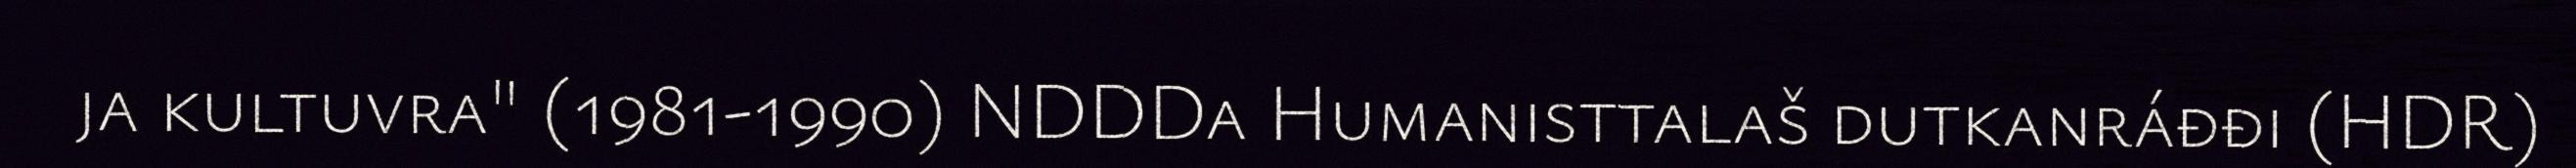
ja kultuvra" (1981-1990) NDDDa Humanisttalaš dutkanráđđi (HDR)